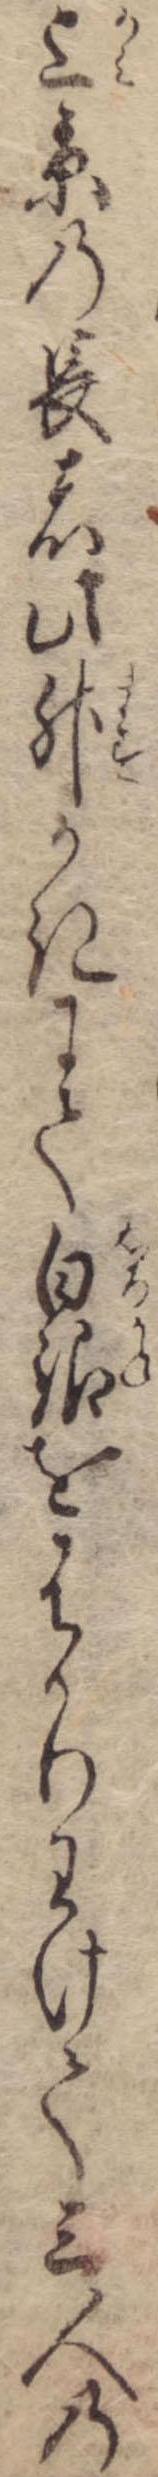
上京の長者此升かきにて白銀をはかりわけて三人の